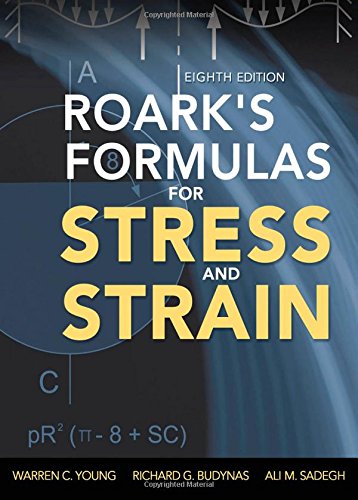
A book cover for Roark's Formulas for Stress and Strain, 8th Edition; Warren Young; Engineering & Transportation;